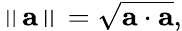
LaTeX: \left\| \mathbf{a}\right\| ={\sqrt{\mathbf{a}\cdot\mathbf{a}}},